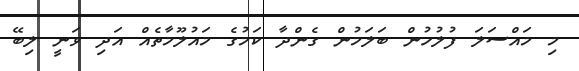
މި މައްސަލަ ފުލުހުން ބަލަމުން ގެންދާ ކަމުގެ މައުލޫމާތެއް އަދި ވަނީ ލިބޭ